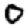
Digit: 0